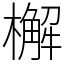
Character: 檞